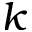
k